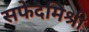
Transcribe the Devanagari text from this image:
सफेदमिश्री